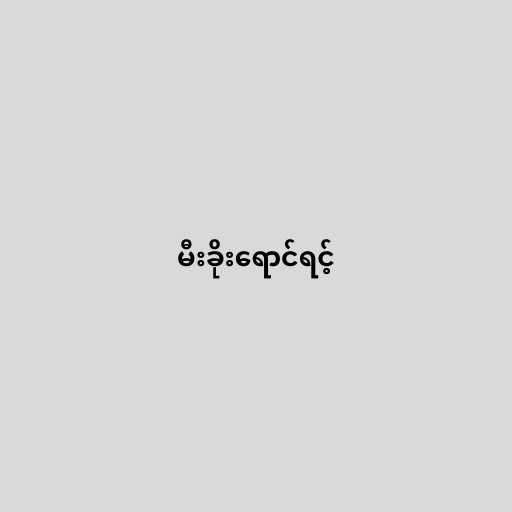
မီးခိုးရောင်ရင့်